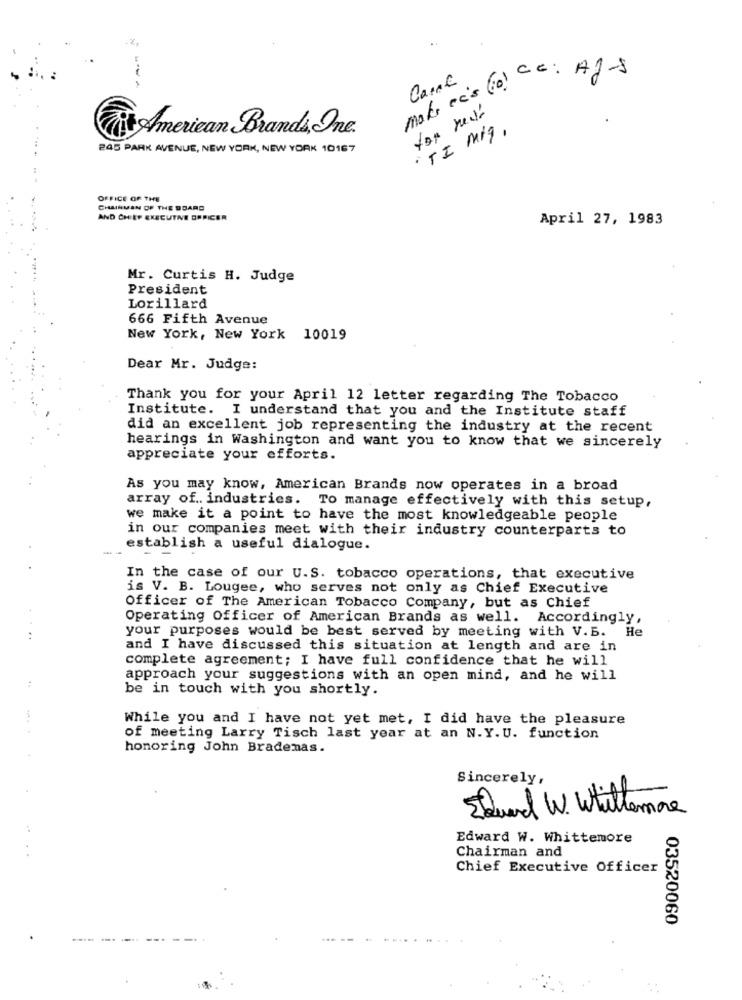
Make cc's (0) Cc: A2-S
American Brands, Inc.
· TI Mig,
245 PARK AVENUE, NEW YORK, NEW YORK 10167
OFFICE OF THE
CHAIRMAN OF THE BOARD
AND CHIEF EXECUTIVE ORPICER
April 27, 1983
Mr. Curtis H. Judge
President
Lorillard
666 Fifth Avenue
New York, New York 10019
Dear Mr. Judge:
Thank you for your April 12 letter regarding The Tobacco
Institute. I understand that you and the Institute staff
did an excellent job representing the industry at the recent
hearings in Washington and want you to know that we sincerely
appreciate your efforts.
As you may know, American Brands now operates in a broad
array of .. industries. To manage effectively with this setup,
we make it a point to have the most knowledgeable people
in our companies meet with their industry counterparts to
establish a useful dialogue.
In the case of our U.S. tobacco operations, that executive
is V. B. Lougee, who serves not only as Chief Executive
Officer of The American Tobacco Company, but as Chief
Operating Officer of American Brands as well. Accordingly,
your purposes would be best served by meeting with V.B. He
and I have discussed this situation at length and are in
complete agreement; I have full confidence that he will
approach your suggestions with an open mind, and he will
be in touch with you shortly.
While you and I have not yet met, I did have the pleasure
of meeting Larry Tisch last year at an N.Y.U. function
honoring John Bradenas.
Sincerely,
EQuard W. Whichemre
Edward W. Whittemore
Chairman and
Chief Executive Officer
03520060
-------